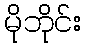
မိုဘိုင်း